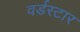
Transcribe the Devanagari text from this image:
वर्डस्‍टार